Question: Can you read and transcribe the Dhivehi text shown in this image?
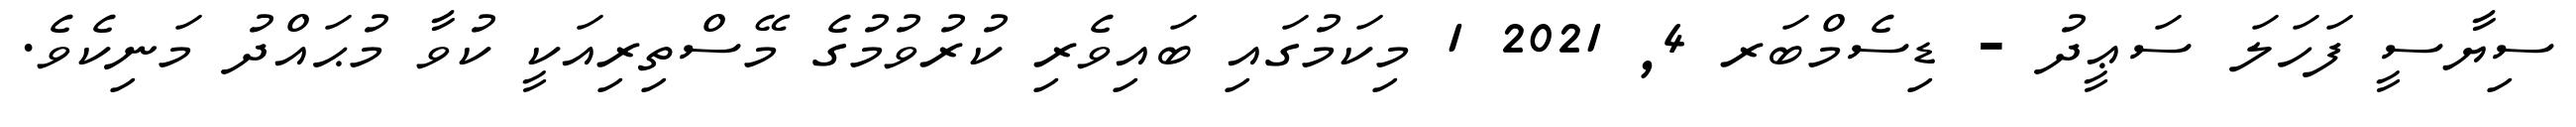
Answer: ސިޔާސީ ފަހަލަ ސަޢީދު - ޑިސެމްބަރ 4, 2021 1 މިކަމުގައި ބައިވެރި ކުރުވުމުގެ މޭސްތިރިއަކީ ކުވާ މުޙައްދު މަނިކެވެ.